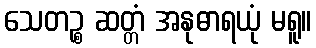
သေတဉ္စ ဆတ္တံ အနုဓာရယုံ မရူ။